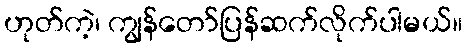
ဟုတ်ကဲ့၊ ကျွန်တော်ပြန်ဆက်လိုက်ပါမယ်။